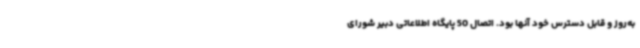
به‌روز و قابل دسترس خود آنها بود. اتصال 50 پایگاه اطلاعاتی دبیر شورای